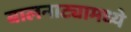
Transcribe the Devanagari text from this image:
बालनाट्यामध्ये